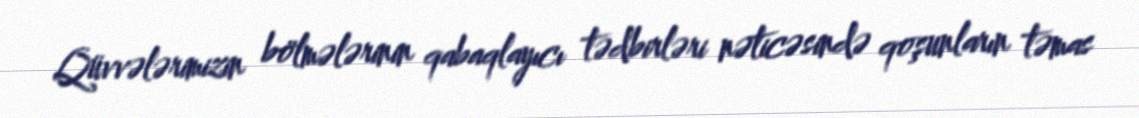
Qüvvələrimizin bölmələrinin qabaqlayıcı tədbirləri nəticəsində qoşunların təmas